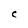
Character: C